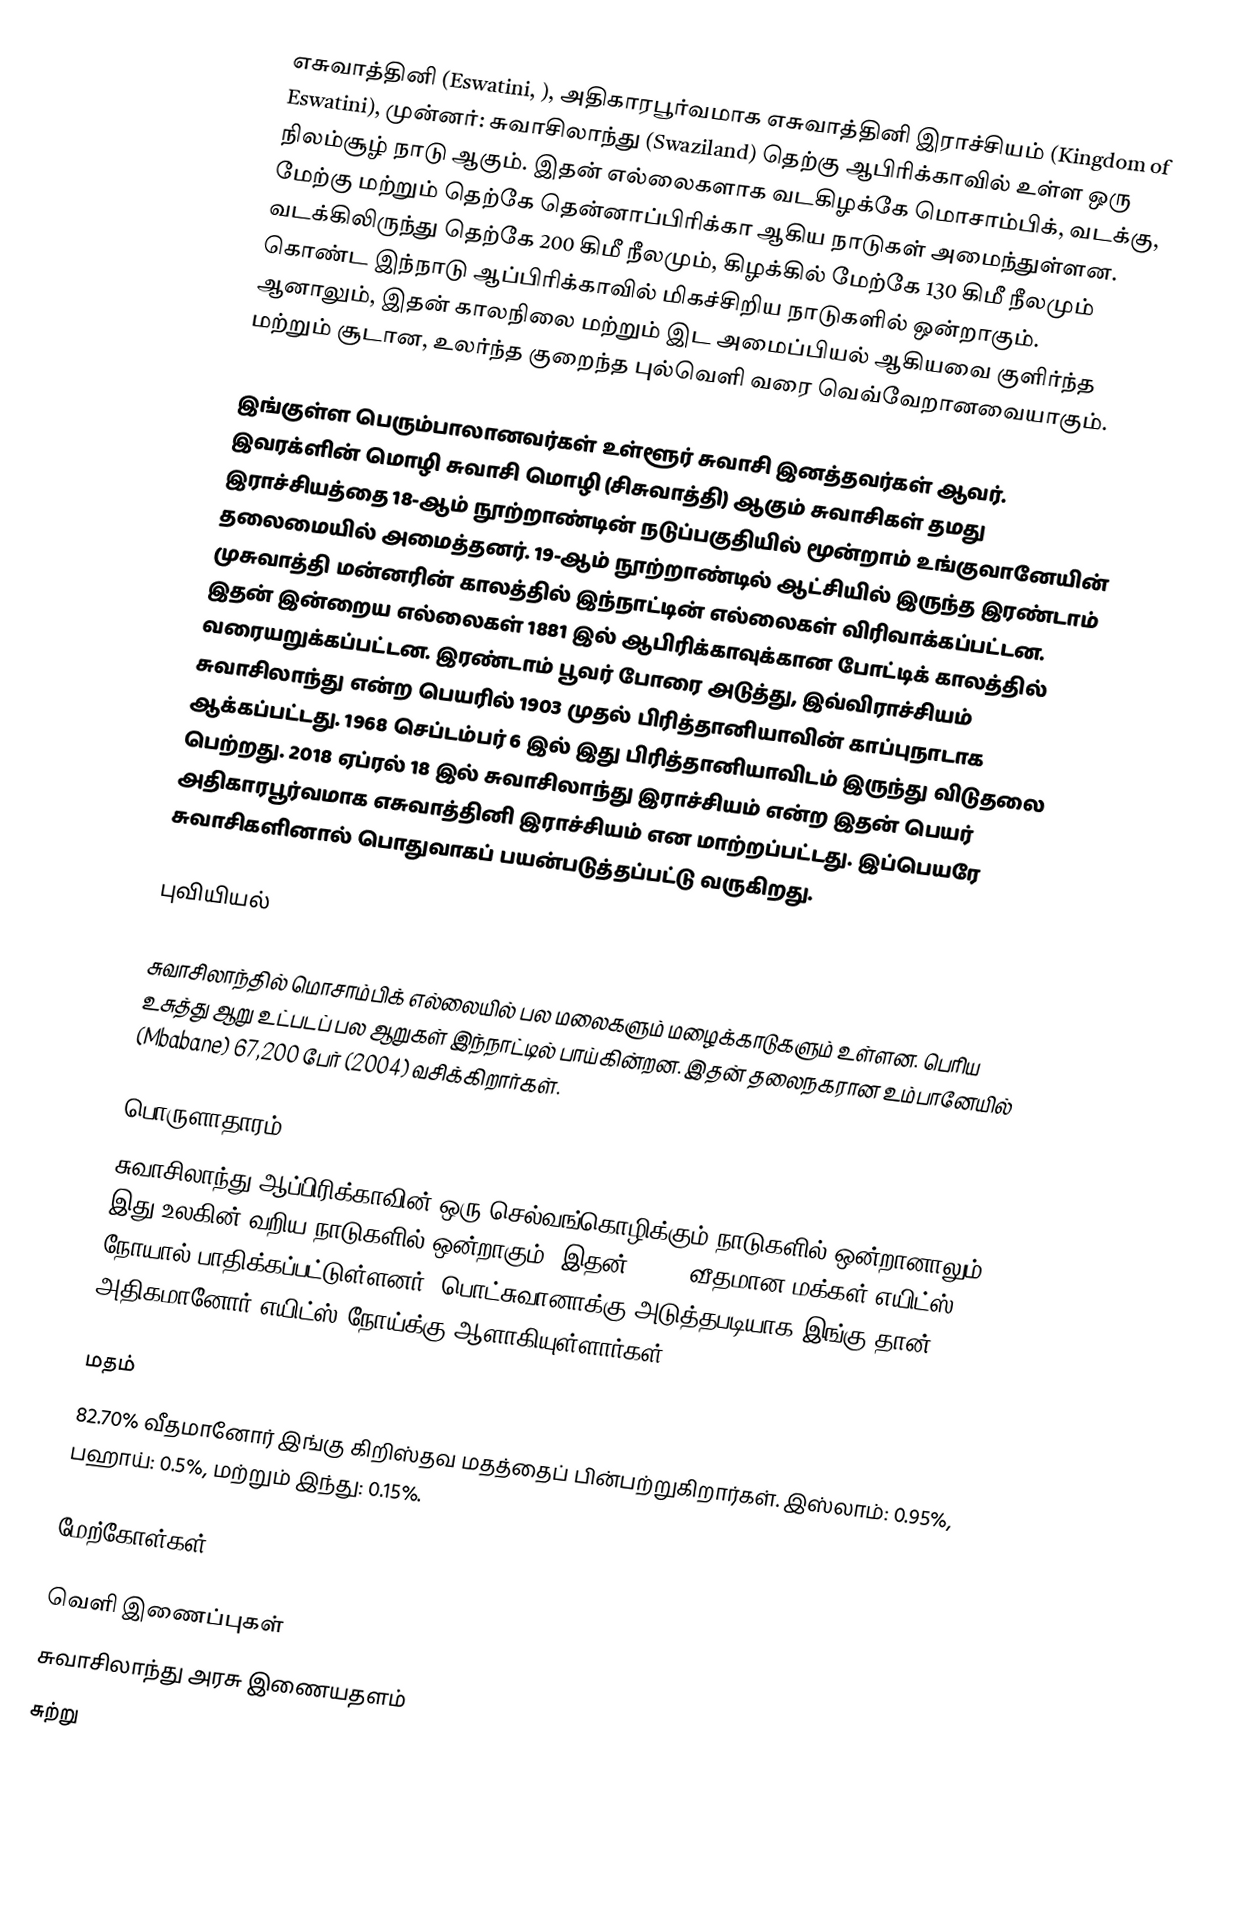
எசுவாத்தினி (Eswatini, ), அதிகாரபூர்வமாக எசுவாத்தினி இராச்சியம் (Kingdom of Eswatini), முன்னர்: சுவாசிலாந்து (Swaziland) தெற்கு ஆபிரிக்காவில் உள்ள ஒரு நிலம்சூழ் நாடு ஆகும். இதன் எல்லைகளாக வடகிழக்கே மொசாம்பிக், வடக்கு, மேற்கு மற்றும் தெற்கே தென்னாப்பிரிக்கா ஆகிய நாடுகள் அமைந்துள்ளன. வடக்கிலிருந்து தெற்கே 200 கிமீ நீலமும், கிழக்கில் மேற்கே 130 கிமீ நீலமும் கொண்ட இந்நாடு ஆப்பிரிக்காவில் மிகச்சிறிய நாடுகளில் ஒன்றாகும். ஆனாலும், இதன் காலநிலை மற்றும் இட அமைப்பியல் ஆகியவை குளிர்ந்த மற்றும் சூடான, உலர்ந்த குறைந்த புல்வெளி வரை வெவ்வேறானவையாகும்.

இங்குள்ள பெரும்பாலானவர்கள் உள்ளூர் சுவாசி இனத்தவர்கள் ஆவர். இவரக்ளின் மொழி சுவாசி மொழி (சிசுவாத்தி) ஆகும் சுவாசிகள் தமது இராச்சியத்தை 18-ஆம் நூற்றாண்டின் நடுப்பகுதியில் மூன்றாம் உங்குவானேயின் தலைமையில் அமைத்தனர். 19-ஆம் நூற்றாண்டில் ஆட்சியில் இருந்த இரண்டாம் முசுவாத்தி மன்னரின் காலத்தில் இந்நாட்டின் எல்லைகள் விரிவாக்கப்பட்டன. இதன் இன்றைய எல்லைகள் 1881 இல் ஆபிரிக்காவுக்கான போட்டிக் காலத்தில் வரையறுக்கப்பட்டன. இரண்டாம் பூவர் போரை அடுத்து, இவ்விராச்சியம் சுவாசிலாந்து என்ற பெயரில் 1903 முதல் பிரித்தானியாவின் காப்புநாடாக ஆக்கப்பட்டது. 1968 செப்டம்பர் 6 இல் இது பிரித்தானியாவிடம் இருந்து விடுதலை பெற்றது. 2018 ஏப்ரல் 18 இல் சுவாசிலாந்து இராச்சியம் என்ற இதன் பெயர் அதிகாரபூர்வமாக எசுவாத்தினி இராச்சியம் என மாற்றப்பட்டது. இப்பெயரே சுவாசிகளினால் பொதுவாகப் பயன்படுத்தப்பட்டு வருகிறது.

புவியியல்

சுவாசிலாந்தில் மொசாம்பிக் எல்லையில் பல மலைகளும் மழைக்காடுகளும் உள்ளன. பெரிய உசுத்து ஆறு உட்படப் பல ஆறுகள் இந்நாட்டில் பாய்கின்றன. இதன் தலைநகரான உம்பானேயில் (Mbabane) 67,200 பேர்  (2004) வசிக்கிறார்கள்.

பொருளாதாரம்
சுவாசிலாந்து ஆப்பிரிக்காவின் ஒரு செல்வங்கொழிக்கும் நாடுகளில் ஒன்றானாலும், இது உலகின் வறிய நாடுகளில் ஒன்றாகும். இதன் 38.8% வீதமான மக்கள் எயிட்ஸ் நோயால் பாதிக்கப்பட்டுள்ளனர். பொட்சுவானாக்கு அடுத்தபடியாக இங்கு தான் அதிகமானோர் எயிட்ஸ் நோய்க்கு ஆளாகியுள்ளார்கள்.

மதம்
82.70% வீதமானோர் இங்கு கிறிஸ்தவ மதத்தைப் பின்பற்றுகிறார்கள். இஸ்லாம்: 0.95%, பஹாய்: 0.5%, மற்றும் இந்து: 0.15%.

மேற்கோள்கள்

வெளி இணைப்புகள்
 சுவாசிலாந்து அரசு இணையதளம்
 சுற்று